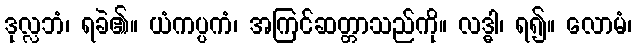
ဒုလ္လဘံ၊ ရခဲ၏။ ယံကပ္ပကံ၊ အကြင်ဆတ္တာသည်ကို။ လဒ္ဓါ၊ ရ၍။ လောမံ၊